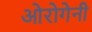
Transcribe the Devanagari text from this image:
ओरोगेनी